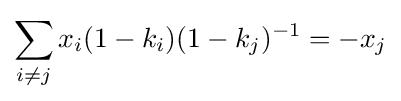
\sum _{i\neq j}x_{i}(1-k_{i})(1-k_{j})^{-1}=-x_{j}